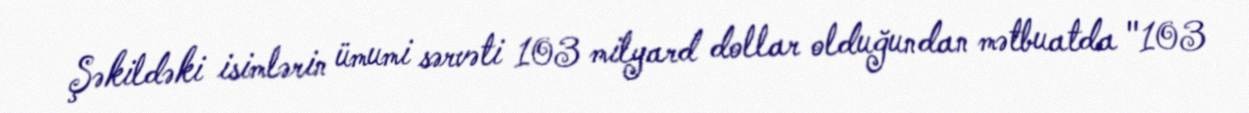
Şəkildəki isimlərin ümumi sərvəti 103 milyard dollar olduğundan mətbuatda "103